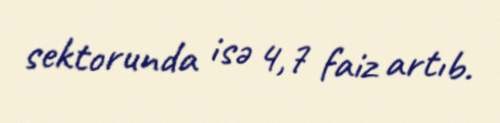
sektorunda isə 4,7 faiz artıb.